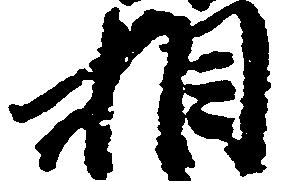
相